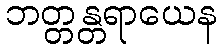
ဘတ္တန္တရာယေန